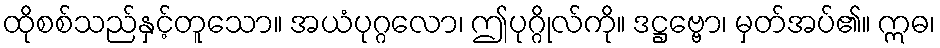
ထိုစစ်သည်နှင့်တူသော။ အယံပုဂ္ဂလော၊ ဤပုဂ္ဂိုလ်ကို။ ဒဋ္ဌဗ္ဗော၊ မှတ်အပ်၏။ ဣဓ၊